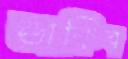
ডাকিব